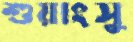
শুয়াংসু